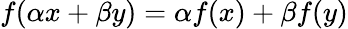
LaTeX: f(\alpha x+\beta y)=\alpha f(x)+\beta f(y)